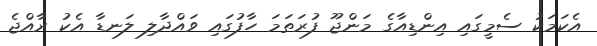
އެކަމަކު ސެމީގައި އިންޑިއާގެ މަންޖޫ ފުރަތަމަ ހާފުގައި ވައްދާލި ލަނޑާ އެކު ރާއްޖެ